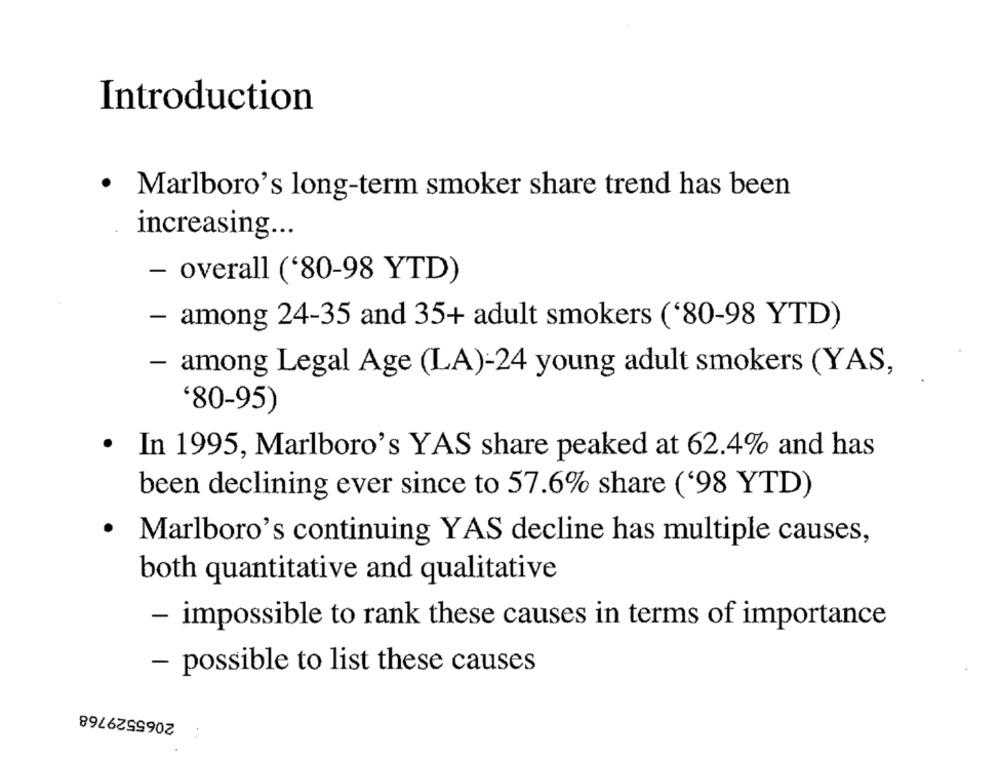
Introduction
· Marlboro's long-term smoker share trend has been
increasing ...
- overall ('80-98 YTD)
- among 24-35 and 35+ adult smokers ('80-98 YTD)
- among Legal Age (LA)-24 young adult smokers (YAS,
'80-95)
· In 1995, Marlboro's YAS share peaked at 62.4% and has
been declining ever since to 57.6% share ('98 YTD)
.
Marlboro's continuing YAS decline has multiple causes,
both quantitative and qualitative
- impossible to rank these causes in terms of importance
- possible to list these causes
2065529768